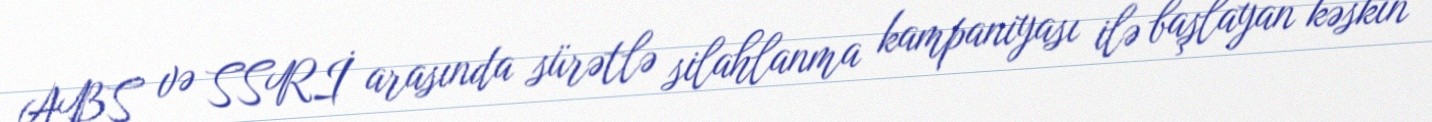
ABŞ və SSRİ arasında sürətlə silahlanma kampaniyası ilə başlayan kəskin